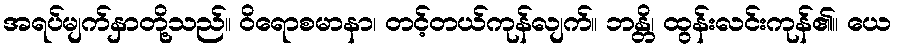
အရပ်မျက်နှာတို့သည်။ ဝိရောစမာနာ၊ တင့်တယ်ကုန်လျက်။ ဘန္တိ၊ ထွန်းလင်းကုန်၏။ ယေ